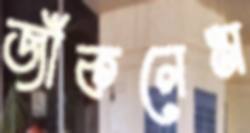
জাঁকলেম